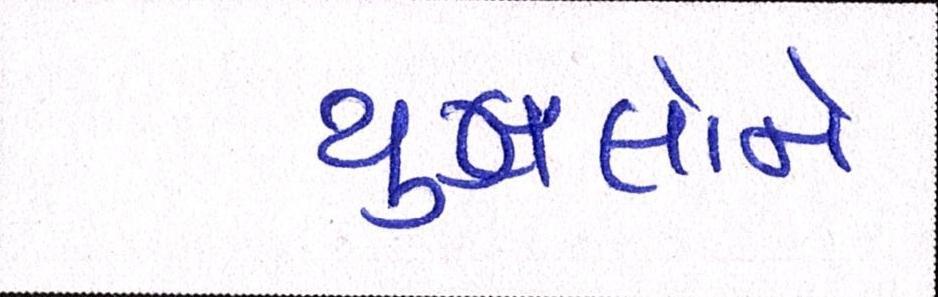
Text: યુગલોને